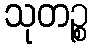
သုတဉ္စ